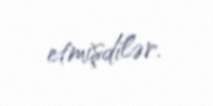
etmişdilər.